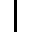
\mid